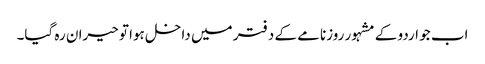
اب جو اردو کے مشہور روزنامے کے دفتر میں داخل ہوا تو حیران رہ گیا۔